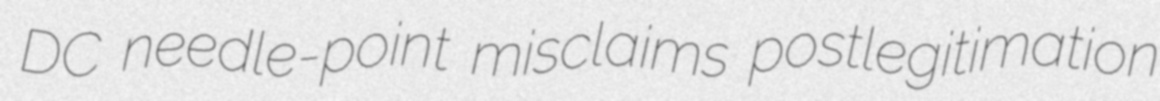
DC needle-point misclaims postlegitimation